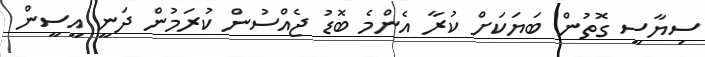
ސިޔާސީ ގޮތުން ބަޔަކަށް ކުރާ އެންމެ ބޮޑު ޖެއްސުން ކުރަމުން ދަނީ އީސީން